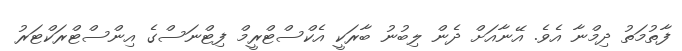
ފާތުމަތު ދިމްނާ އެވެ. އޭނާއަށް ދެން ލިބުނު ބާރަކީ އެކްސްޓްރީމް ފިޓްނަސްގެ އިންސްޓްރަކްޓަރު